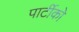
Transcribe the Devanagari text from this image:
पार्टीको